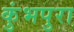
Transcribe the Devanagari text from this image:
कुंभपुरा